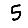
Digit: 5